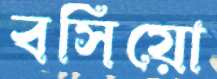
বসিয়ো